Vaccination in Burma 1900-1911 - 1900-1911
Year: 1900
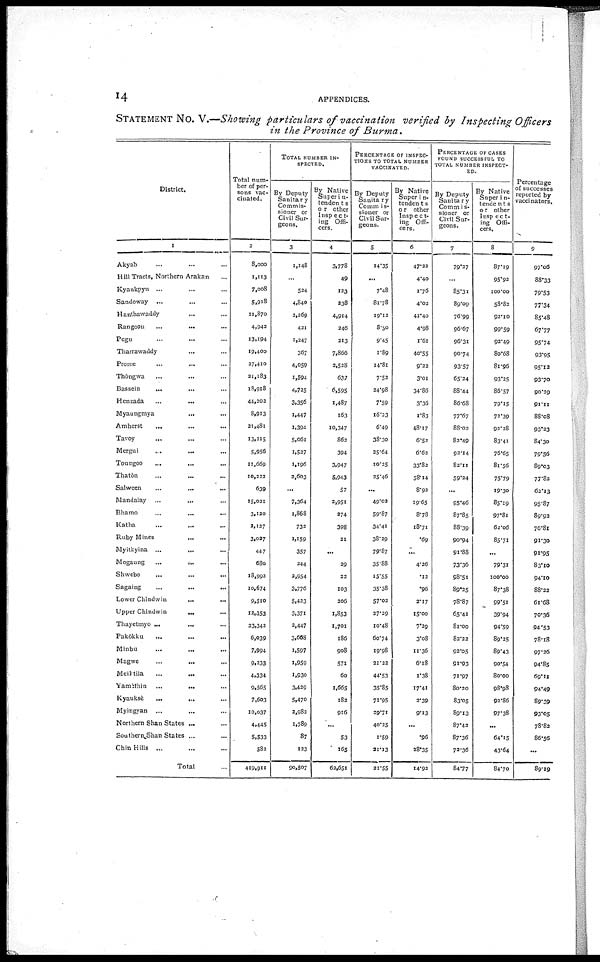
14
APPENDICES.
STATEMENT NO. V.—Showing particulars of vaccination verified by Inspecting Officers
in the Province of Burma.
District.
1
Akyab ... ...
Hill Tracts, Northern Arakan...
Kyaukpyu ... ...
Sandoway ... ...
Hanthawaddy... ...
Rangoon
...
...
Pegu... ...
Tharrawaddy... ...
Prome... ...
Thôngwa... ...
Bassein... ...
Henzada
...
...
Myaungmya...
...
Amherst...
...
Tavoy... ...
Mergui... ...
Toungoo... ...
Thatôn... ...
Salween...
...
Mandalay
...
...
Bhamo
...
...
Katha... ...
Ruby Mines... ...
Myitkyina...
...
Mogaung...
...
Shwebo... ...
Sagaing
...
...
Lower Chindwin...
...
Upper
Chindwin...
...
Thayetmyo ... ...
Pakôkku... ...
Minbu... ...
Magwe
...
...
Meiktila... ...
Yamèthin... ...
Kyauksè...
...
Myingyan... ...
Northern Shan States ...
Southern Shan States ...
Chin Hills ...
Total...
Total num-
ber of per-
sons vac-
cinated.
2
8,000
1,113
7,008
5,918
11,870
4,942
13,194
19,400
27,410
21,183
18,918
44,202
8,913
21,481
13,215
5,956
11,669
10,222
639
15,021
3,120
2,127
3,027
447
680
18,992
10,674
9,510
12,353
23,342
6,039
7,994
9,233
4,334
9,565
7,603
10,037
4,445
5,533
582
419,911
TOTAL NUMBER IN-
SPECTED.
By Deputy
Sanitary
Commis-
sioner or
Civil Sur-
geons.
3
1,148
...
524
4,840
2,269
421
1,247
367
4,059
1,594
4,725
3,356
1,447
1,394
5,061
1,527
1,196
2,603
...
7,364
1,868
732
1,159
357
244
2,954
3,776
5,423
3,371
2,447
3,668
1,597
1,959
1,930
3,429
5,470
2,982
1,789
87
123
90,507
By Native
Super in-
tendents
or other
Inspect-
ing Offi-
cers.
4
3,778
49
123
238
4,914
246
213
7,866
2,528
637
6,595
1,487
163
10,347
862
394
3,947
5,943
57
2,951
274
398
21
...
29
22
103
206
1,853
1,701
186
908
571
60
1,665
182
916
...
53
165
62,651
PERCENTAGE OF INSPEC-
TIONS TO TOTAL NUMBER
VACCINATED.
By Deputy
Sanitary
Commis-
sioner or
Civil Sur-
geons.
5
14.35
...
7.48
81.78
19.12
8.50
9.45
1.89
14.81
7.52
24.98
7.59
16.23
6.49
38.30
25.64
10.25
25.46
...
49.02
59.87
34.41
38.29
79.87
35.88
15.55
35.38
57.02
27.29
10.48
60.74
19.98
21.22
44.53
35.85
71.95
29.71
40.25
1.59
21.13
21.55
By Native
Superin-
tendents
or other
Inspect-
ing Offi-
cers.
6
47.22
4.40
1.76
4.02
41.40
4.98
1.61
40.55
9.22
3.01
34.86
3.36
1.83
48.17
6.52
6.62
33.82
58.14
8.92
19.65
8.78
18.71
.69
...
4.26
.12
.96
2.17
15.00
7.29
3.08
11.36
6.18
1.38
17.41
3.39
9.13
...
.96
58.35
14.92
PERCENTAGE OF CASES
FOUND SUCCESSFUL TO
TOTAL NUMBER INSPECT-
ED.
By Deputy
Sanitary
Commis-
sioner or
Civil Sur-
geons.
7
79.27
...
85.31
89.09
76.99
96.67
96.31
90.74
93.57
65.24
88.44
86.68
77.67
88.02
82.49
92.14
82.11
59.24
...
95.46
87.85
88.39
90.94
91.88
73.36
98.51
89.25
78.87
65.41
81.00
82.22
92.05
91.93
71.97
80.20
83.05
89.13
87.42
87.36
72.36
84.77
By Native
Super in-
tendents
or other
Inspect-
ing Offi-
cers.
8
87.19
95.92
100.00
58.82
92.10
99.59
92.49
80.68
81.96
93.25
86.57
79.15
72.39
92.28
83.41
76.65
81.56
75.79
19.30
85.19
97.81
62.06
85.71
...
79.31
100.00
87.38
99.51
39.94
94.59
89.25
89.43
90.54
80.00
98.98
92.86
97.38
...
64.15
43.64
84.70
Percentage
of successes
reported by
vaccinators.
9
97.06
88.33
79.53
77.34
85.48
67.77
95.74
93.95
95.12
93.70
90.29
91.11
88.08
93.23
84.30
79.56
89.03
77.82
62.13
95.87
89.92
76.81
91.30
91.95
83.10
94.10
88.22
61.68
70.36
94.53
78.18
97.26
94.85
69.11
94.49
89.39
93.05
78.83
86.56
...
89.19